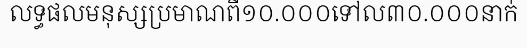
លទ្ធផលមនុស្សប្រមាណពី១០.០០០ទៅល៣០.០០០នាក់